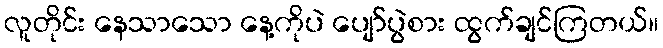
လူတိုင်း နေသာသော နေ့ကိုပဲ ပျော်ပွဲစား ထွက်ချင်ကြတယ်။